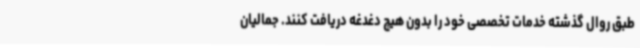
طبق روال گذشته خدمات تخصصی خود را بدون هیچ دغدغه دریافت کنند. جمالیان